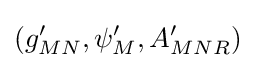
(g_{MN}',\psi _{M}',A_{MNR}')